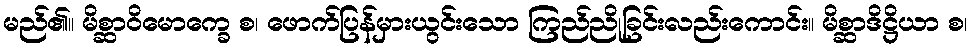
မည်၏။ မိစ္ဆာဝိမောက္ခေ စ၊ ဖောက်ပြန်မှားယွင်းသော ကြည်ညိုခြင်းလည်းကောင်း။ မိစ္ဆာဒိဋ္ဌိယာ စ၊